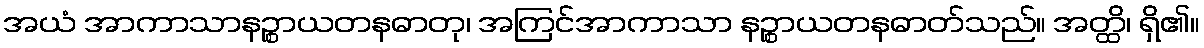
အယံ အာကာသာနဉ္စာယတနဓာတု၊ အကြင်အာကာသာ နဉ္စာယတနဓာတ်သည်။ အတ္ထိ၊ ရှိ၏။